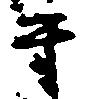
守